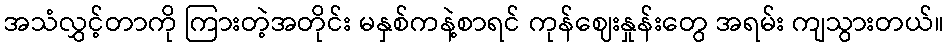
အသံလွှင့်တာကို ကြားတဲ့အတိုင်း မနှစ်ကနဲ့စာရင် ကုန်ဈေးနှုန်းတွေ အရမ်း ကျသွားတယ်။